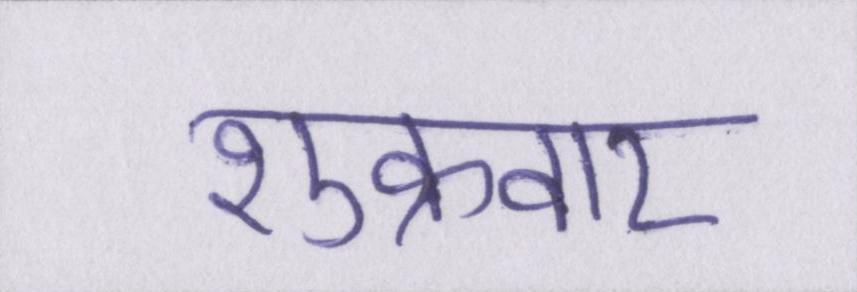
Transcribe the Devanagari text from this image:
शुक्रवार